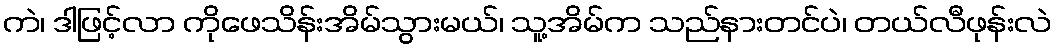
ကဲ၊ ဒါဖြင့်လာ ကိုဖေသိန်းအိမ်သွားမယ်၊ သူ့အိမ်က သည်နားတင်ပဲ၊ တယ်လီဖုန်းလဲ